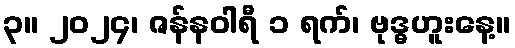
၃။ ၂၀၂၄၊ ဇန်နဝါရီ ၁ ရက်၊ ဗုဒ္ဓဟူးနေ့။